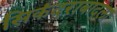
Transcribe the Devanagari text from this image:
सिकंदराबादला